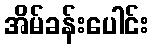
အိမ်ခန်းပေါင်း